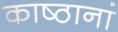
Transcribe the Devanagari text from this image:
काष्ठानां